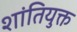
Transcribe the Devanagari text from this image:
शांतियुक्त